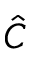
\hat { C }